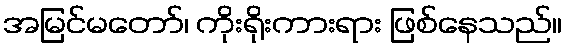
အမြင်မတော်၊ ကိုးရိုးကားရား ဖြစ်နေသည်။